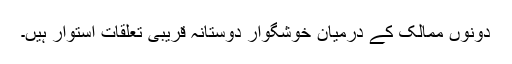
دونوں ممالک کے درمیان خوشگوار دوستانہ قریبی تعلقات استوار ہیں۔